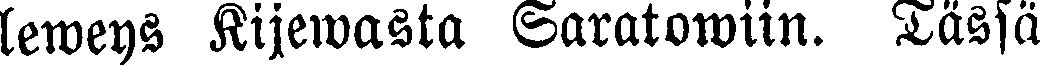
leweys Kijewasta Saratowiin. Tässä